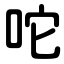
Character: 咜